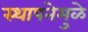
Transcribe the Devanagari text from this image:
स्थापनेमुळे